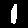
Label: 1